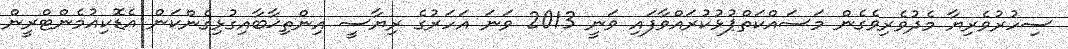
ސިހުރުވެރިޔާ މެދުވެރިވެގެން މަސައްކަތްޕުޅުކުރައްވާފައި ވަނީ 2013 ވަނަ އަހަރުގެ ރިޔާސީ އިންތިޚާބާއިގުޅިގެންކަން އެޑޮކިއުމެންޓްރީން